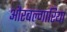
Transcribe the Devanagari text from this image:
औरबल्गारिया